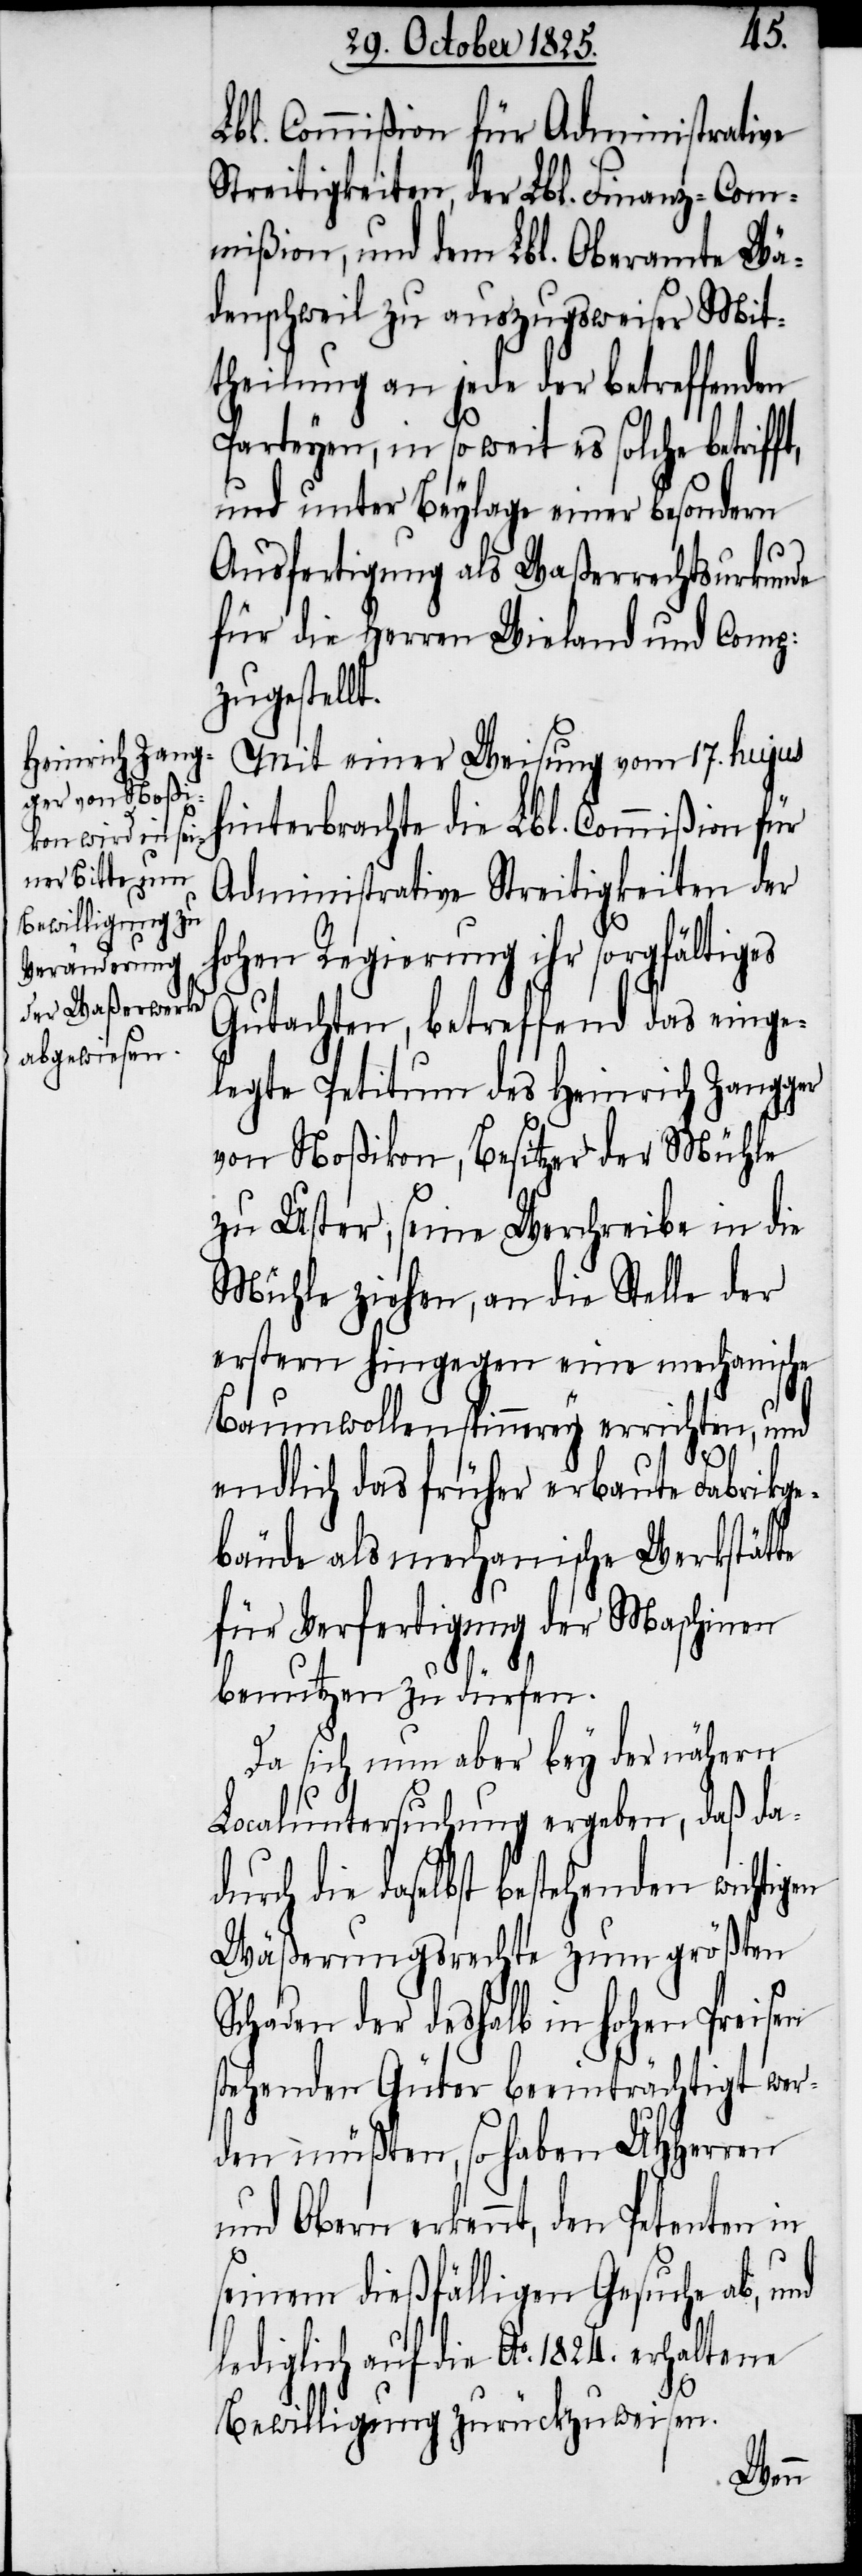
Lbl. Commißion für Administrative
Streitigkeiten, der Lbl. Finanz-Com¬
mißion, und dem Lbl. Oberamte Wä¬
denschweil zu auszugsweiser Mit¬
theilung an jede der betreffenden
Parteyen, in so weit es solche betrif¬
und unter Beylage einer besondern
Ausfertigung als Waßerrechtsurkunde
für die Herren Wieland und Comp:
zugestellt.
Mit einer Weisung vom 17. hujus
hinterbrachte die Lbl. Commißion für
Administrative Streitigkeiten der
hohen Regierung ihr sorgfältiges
Gutachten, betreffend das einge¬
legte Petitum des Heinrich Zangger
von Noßikon, Besitzer der Mühle
zu Uster, seine Werchreibe in die
Mühle ziehen, an die Stelle der
erstern hingegen eine mechanische
Baumwollenspinnerey errichten, und
ft,
endlich das früher erbaute Fabrikge¬
bäude als mechanische Werkstätte
für Verfertigung der Maschinen
benutzen zu dürfen.
Da sich nun aber bey der nähern
Localuntersuchung ergeben, daß da¬
durch die daselbst bestehenden wichtigen
Wäßerungsrechte zum größten
Schaden der deshalb in hohen Preisen
stehenden Güter beeinträchtigt wer¬
den müßten, so haben UHHerren
und Obern erkennt, den Petenten in
seinem dießfälligen Gesuche ab, und
lediglich auf die Ao. 1824. erhaltene
Bewilligung zurückzuweisen.